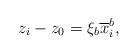
LaTeX: \begin{align*} z_i-z_0=\xi_b \overline{x}^b_i, \end{align*}